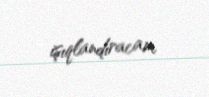
işıqlandıracam.